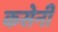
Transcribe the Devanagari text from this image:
कसेनी